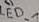
Text: LED_1